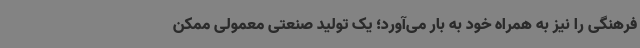
فرهنگی را نیز به همراه خود به بار می‌آورد؛ یک تولید صنعتی معمولی ممکن